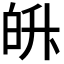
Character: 𭽓